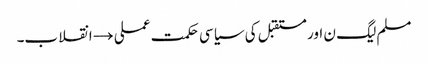
مسلم لیگ ن اور مستقبل کی سیاسی حکمت عملی →	انقلاب۔